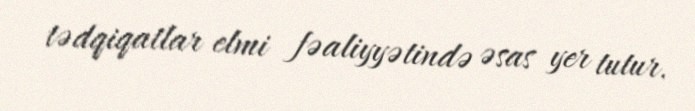
tədqiqatlar elmi fəaliyyətində əsas yer tutur.